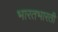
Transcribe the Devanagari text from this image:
भारतभारती